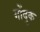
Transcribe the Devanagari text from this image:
गोंदुक